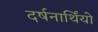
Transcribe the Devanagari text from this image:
दर्षनार्थिंयो